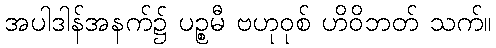
အပါဒါန်အနက်၌ ပဉ္စမီ ဗဟုဝုစ် ဟိဝိဘတ် သက်။